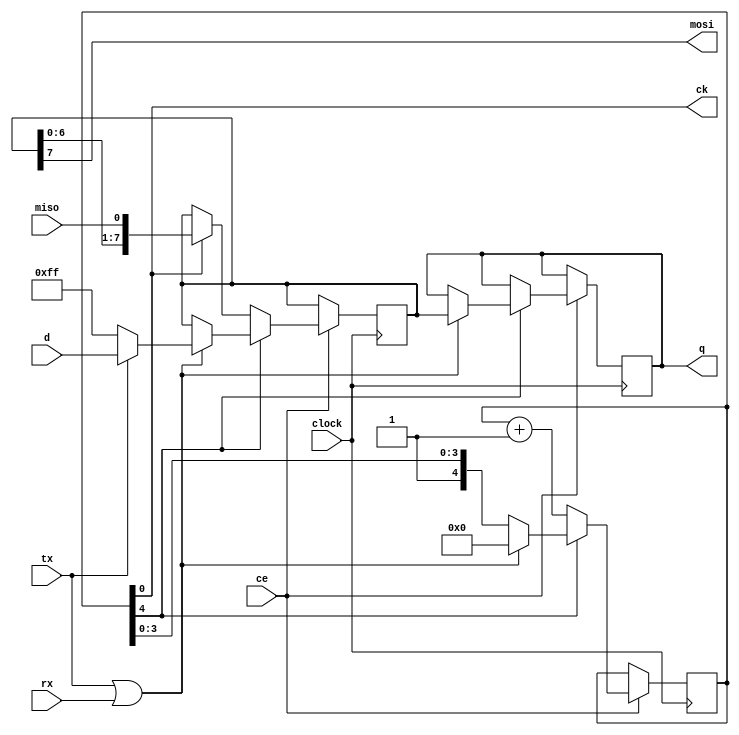
//-------------------------------------------------------------------------------------------------
module spi
//-------------------------------------------------------------------------------------------------
#
(
	parameter QW = 8
)
(
	input  wire         clock,
	input  wire         ce,
	input  wire         tx,
	input  wire         rx,
	input  wire[   7:0] d,
	output wire[QW-1:0] q,
	output wire         ck,
	input  wire         miso,
	output wire         mosi
);
//-------------------------------------------------------------------------------------------------

reg[QW-1:0] md;
reg[7:0] sd;
reg[4:0] count = 5'b10000;

always @(posedge clock) if(ce)
	if(count[4])
	begin
		if(tx || rx)
		begin
			md <= sd[QW-1:0];
			sd <= tx ? d : 8'hFF;
			count <= 5'd0;
		end
	end
	else
	begin
		if(count[0]) sd <= { sd[6:0], miso };
		count <= count+5'd1;
	end

//-------------------------------------------------------------------------------------------------

assign q = md;
assign ck = count[0];
assign mosi = sd[7];

//-------------------------------------------------------------------------------------------------
endmodule
//-------------------------------------------------------------------------------------------------